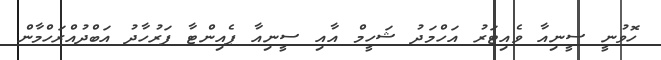
ހޮވުނީ ސީނިއާ ވެއިޓަރު އަހްމަދު ޝަހީމް އާއި ސީނިއާ ޕެއިންޓާ ފަރުހާދު އަބްދުއްރަހްމާން